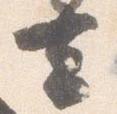
去